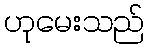
ဟုမေးသည်